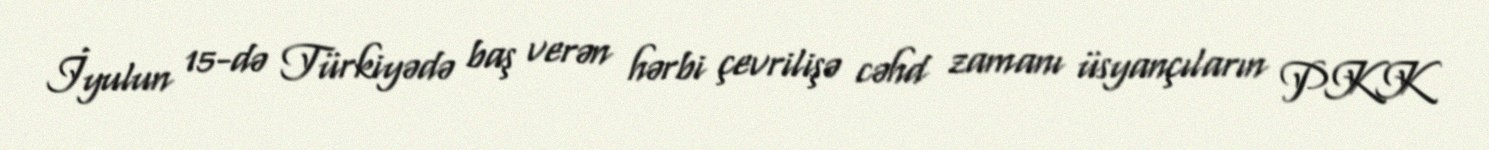
İyulun 15-də Türkiyədə baş verən hərbi çevrilişə cəhd zamanı üsyançıların PKK